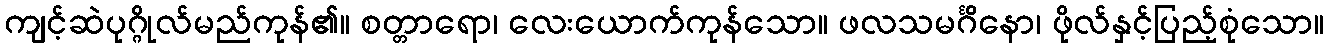
ကျင့်ဆဲပုဂ္ဂိုလ်မည်ကုန်၏။ စတ္တာရော၊ လေးယောက်ကုန်သော။ ဖလသမင်္ဂိနော၊ ဖိုလ်နှင့်ပြည့်စုံသော။